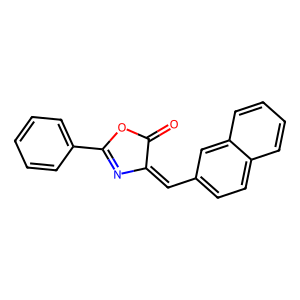
SMILES: O=C1OC(c2ccccc2)=NC1=Cc1ccc2ccccc2c1
Inhibits HIV replication: No